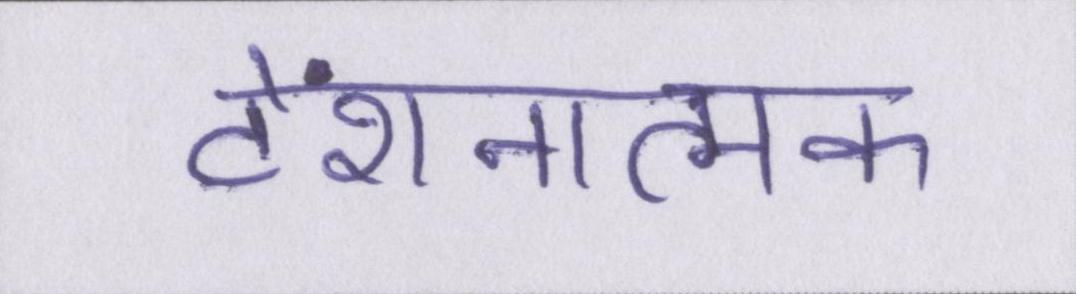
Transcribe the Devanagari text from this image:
टेंशनात्मक